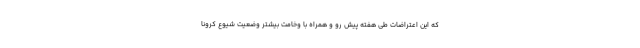
که این اعتراضات طی هفته پیش رو و همراه با وخامت بیشتر وضعیت شیوع کرونا